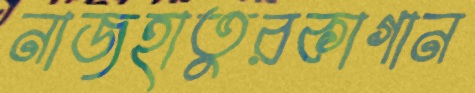
নাজহাতুরকাগান